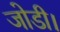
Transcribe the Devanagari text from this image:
जोडी।